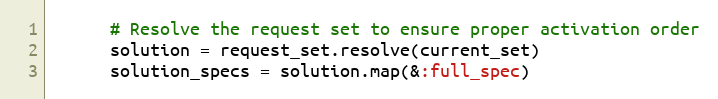
Language: Ruby
      # Resolve the request set to ensure proper activation order
      solution = request_set.resolve(current_set)
      solution_specs = solution.map(&:full_spec)